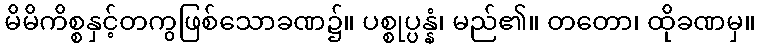
မိမိကိစ္စနှင့်တကွဖြစ်သောခဏ၌။ ပစ္စုပ္ပန္နံ၊ မည်၏။ တတော၊ ထိုခဏမှ။